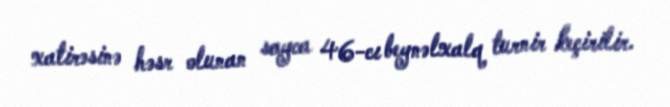
xatirəsinə həsr olunan sayca 46-cı beynəlxalq turnir keçirilir.